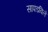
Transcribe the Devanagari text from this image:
सापडविले